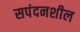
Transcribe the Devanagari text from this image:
सपंदनशील